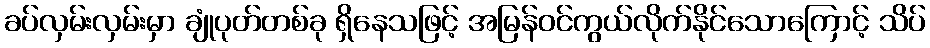
ခပ်လှမ်းလှမ်းမှာ ချုံပုတ်တစ်ခု ရှိနေသဖြင့် အမြန်ဝင်ကွယ်လိုက်နိုင်သောကြောင့် သိပ်